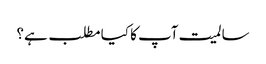
سالمیت آپ کا کیا مطلب ہے؟